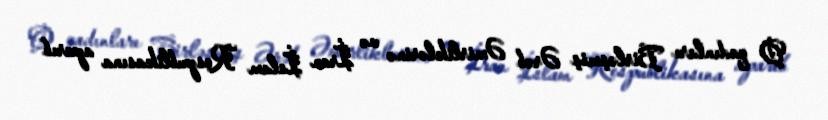
O qadınları Birləşmiş Ərəb Əmirliklərinə və İran İslam Respublikasına aparıb